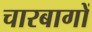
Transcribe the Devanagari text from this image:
चारबागों